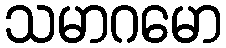
သမာဂမော